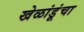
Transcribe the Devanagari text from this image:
खेळांडूंचा